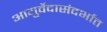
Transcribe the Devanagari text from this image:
आयुर्वेदासंदर्भात